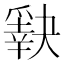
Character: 𰠈